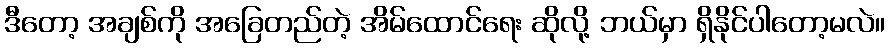
ဒီတော့ အချစ်ကို အခြေတည်တဲ့ အိမ်ထောင်ရေး ဆိုလို့ ဘယ်မှာ ရှိနိုင်ပါတော့မလဲ။